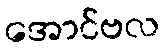
အောင်ဗလ